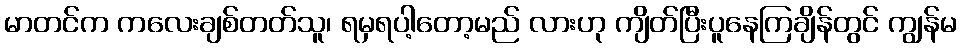
မာတင်က ကလေးချစ်တတ်သူ၊ ရမှရပါ့တော့မည် လားဟု ကျိတ်ပြီးပူနေကြချိန်တွင် ကျွန်မ